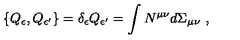
\{ Q _ { \epsilon } , Q _ { \epsilon ^ { \prime } } \} = \delta _ { \epsilon } Q _ { \epsilon ^ { \prime } } = \int N ^ { \mu \nu } d \Sigma _ { \mu \nu } \ ,